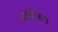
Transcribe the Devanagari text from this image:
बाप्टिस्ट।